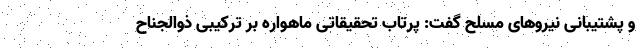
و پشتیبانی نیروهای مسلح گفت: پرتاب تحقیقاتی ماهواره بر ترکیبی ذوالجناح